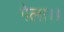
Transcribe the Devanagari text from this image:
गेला।।